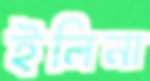
ইলিনা